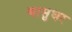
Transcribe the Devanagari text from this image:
बासुधर